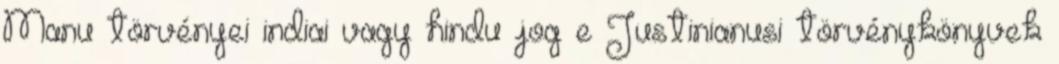
Manu törvényei indiai vagy hindu jog e Justinianusi törvénykönyvek